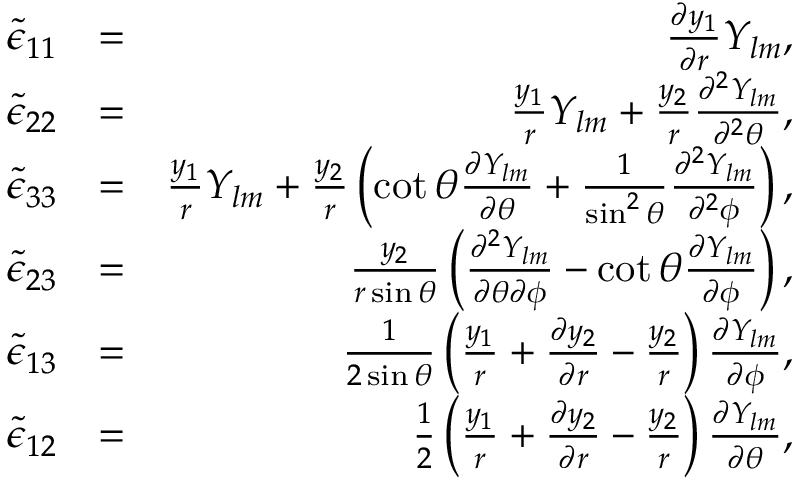
\begin{array} { r l r } { \tilde { \epsilon } _ { 1 1 } } & { = } & { \frac { \partial y _ { 1 } } { \partial r } Y _ { l m } , } \\ { \tilde { \epsilon } _ { 2 2 } } & { = } & { \frac { y _ { 1 } } { r } Y _ { l m } + \frac { y _ { 2 } } { r } \frac { \partial ^ { 2 } Y _ { l m } } { \partial ^ { 2 } \theta } , } \\ { \tilde { \epsilon } _ { 3 3 } } & { = } & { \frac { y _ { 1 } } { r } Y _ { l m } + \frac { y _ { 2 } } { r } \left( \cot \theta \frac { \partial Y _ { l m } } { \partial \theta } + \frac { 1 } { \sin ^ { 2 } \theta } \frac { \partial ^ { 2 } Y _ { l m } } { \partial ^ { 2 } \phi } \right) , } \\ { \tilde { \epsilon } _ { 2 3 } } & { = } & { \frac { y _ { 2 } } { r \sin \theta } \left( \frac { \partial ^ { 2 } Y _ { l m } } { \partial \theta \partial \phi } - \cot \theta \frac { \partial Y _ { l m } } { \partial \phi } \right) , } \\ { \tilde { \epsilon } _ { 1 3 } } & { = } & { \frac { 1 } { 2 \sin \theta } \left( \frac { y _ { 1 } } { r } + \frac { \partial y _ { 2 } } { \partial r } - \frac { y _ { 2 } } { r } \right) \frac { \partial Y _ { l m } } { \partial \phi } , } \\ { \tilde { \epsilon } _ { 1 2 } } & { = } & { \frac { 1 } { 2 } \left( \frac { y _ { 1 } } { r } + \frac { \partial y _ { 2 } } { \partial r } - \frac { y _ { 2 } } { r } \right) \frac { \partial Y _ { l m } } { \partial \theta } , } \end{array}